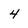
Character: 4